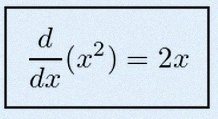
\frac{d}{dx}(x^2)=2x